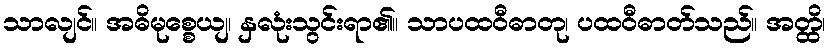
သာလျင်။ အဓိမုစ္စေယျ၊ နှလုံးသွင်းရာ၏။ သာပထဝီဓာတု၊ ပထဝီဓာတ်သည်။ အတ္ထိ၊